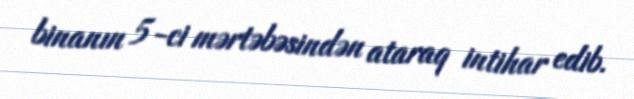
binanın 5-ci mərtəbəsindən ataraq intihar edib.